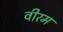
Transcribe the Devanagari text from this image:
वीरम